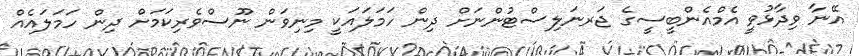
އޭނާ ވިދާޅުވީ އެމްއެންބީސީގެ ޖަރނަލިސްޓުންނަށް ދިން ހަމަލައަކީ މިނިވަން ނޫސްވެރިކަމަށް ދިން ހަމަލައެއް